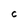
Character: C